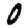
Digit: 0